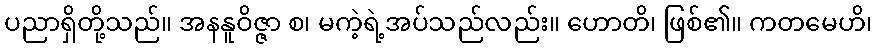
ပညာရှိတို့သည်။ အနနူဝိဇ္ဇာ စ၊ မကဲ့ရဲ့အပ်သည်လည်း။ ဟောတိ၊ ဖြစ်၏။ ကတမေဟိ၊